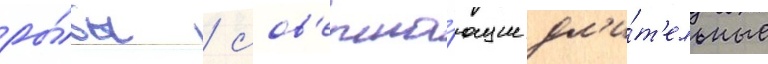
ры́бы / сов'ерша́ющие дл'и́т'ельные